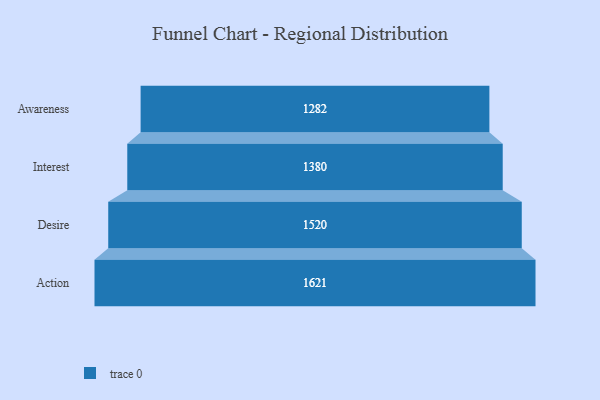
{"axis": {"x": "Stage", "y": "Value"}, "legend": [""], "data": [{"x": "Awareness", "y": 1282.0, "type": ""}, {"x": "Interest", "y": 1380.0, "type": ""}, {"x": "Desire", "y": 1520.0, "type": ""}, {"x": "Action", "y": 1621.0, "type": ""}]}